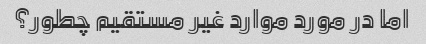
اما در مورد موارد غیر مستقیم چطور؟